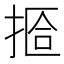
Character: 𫽆